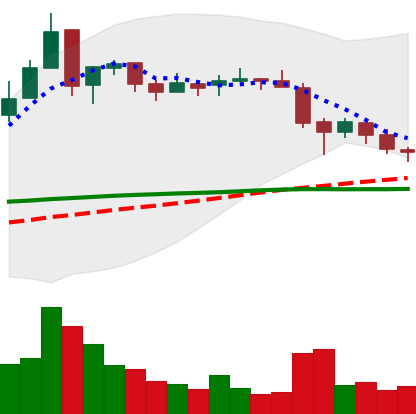
Ticker: EOS-USD
Chart end date: 2018-05-16
Forward return: 5.8%
Label: up_5_7